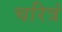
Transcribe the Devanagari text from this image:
चरित्रं